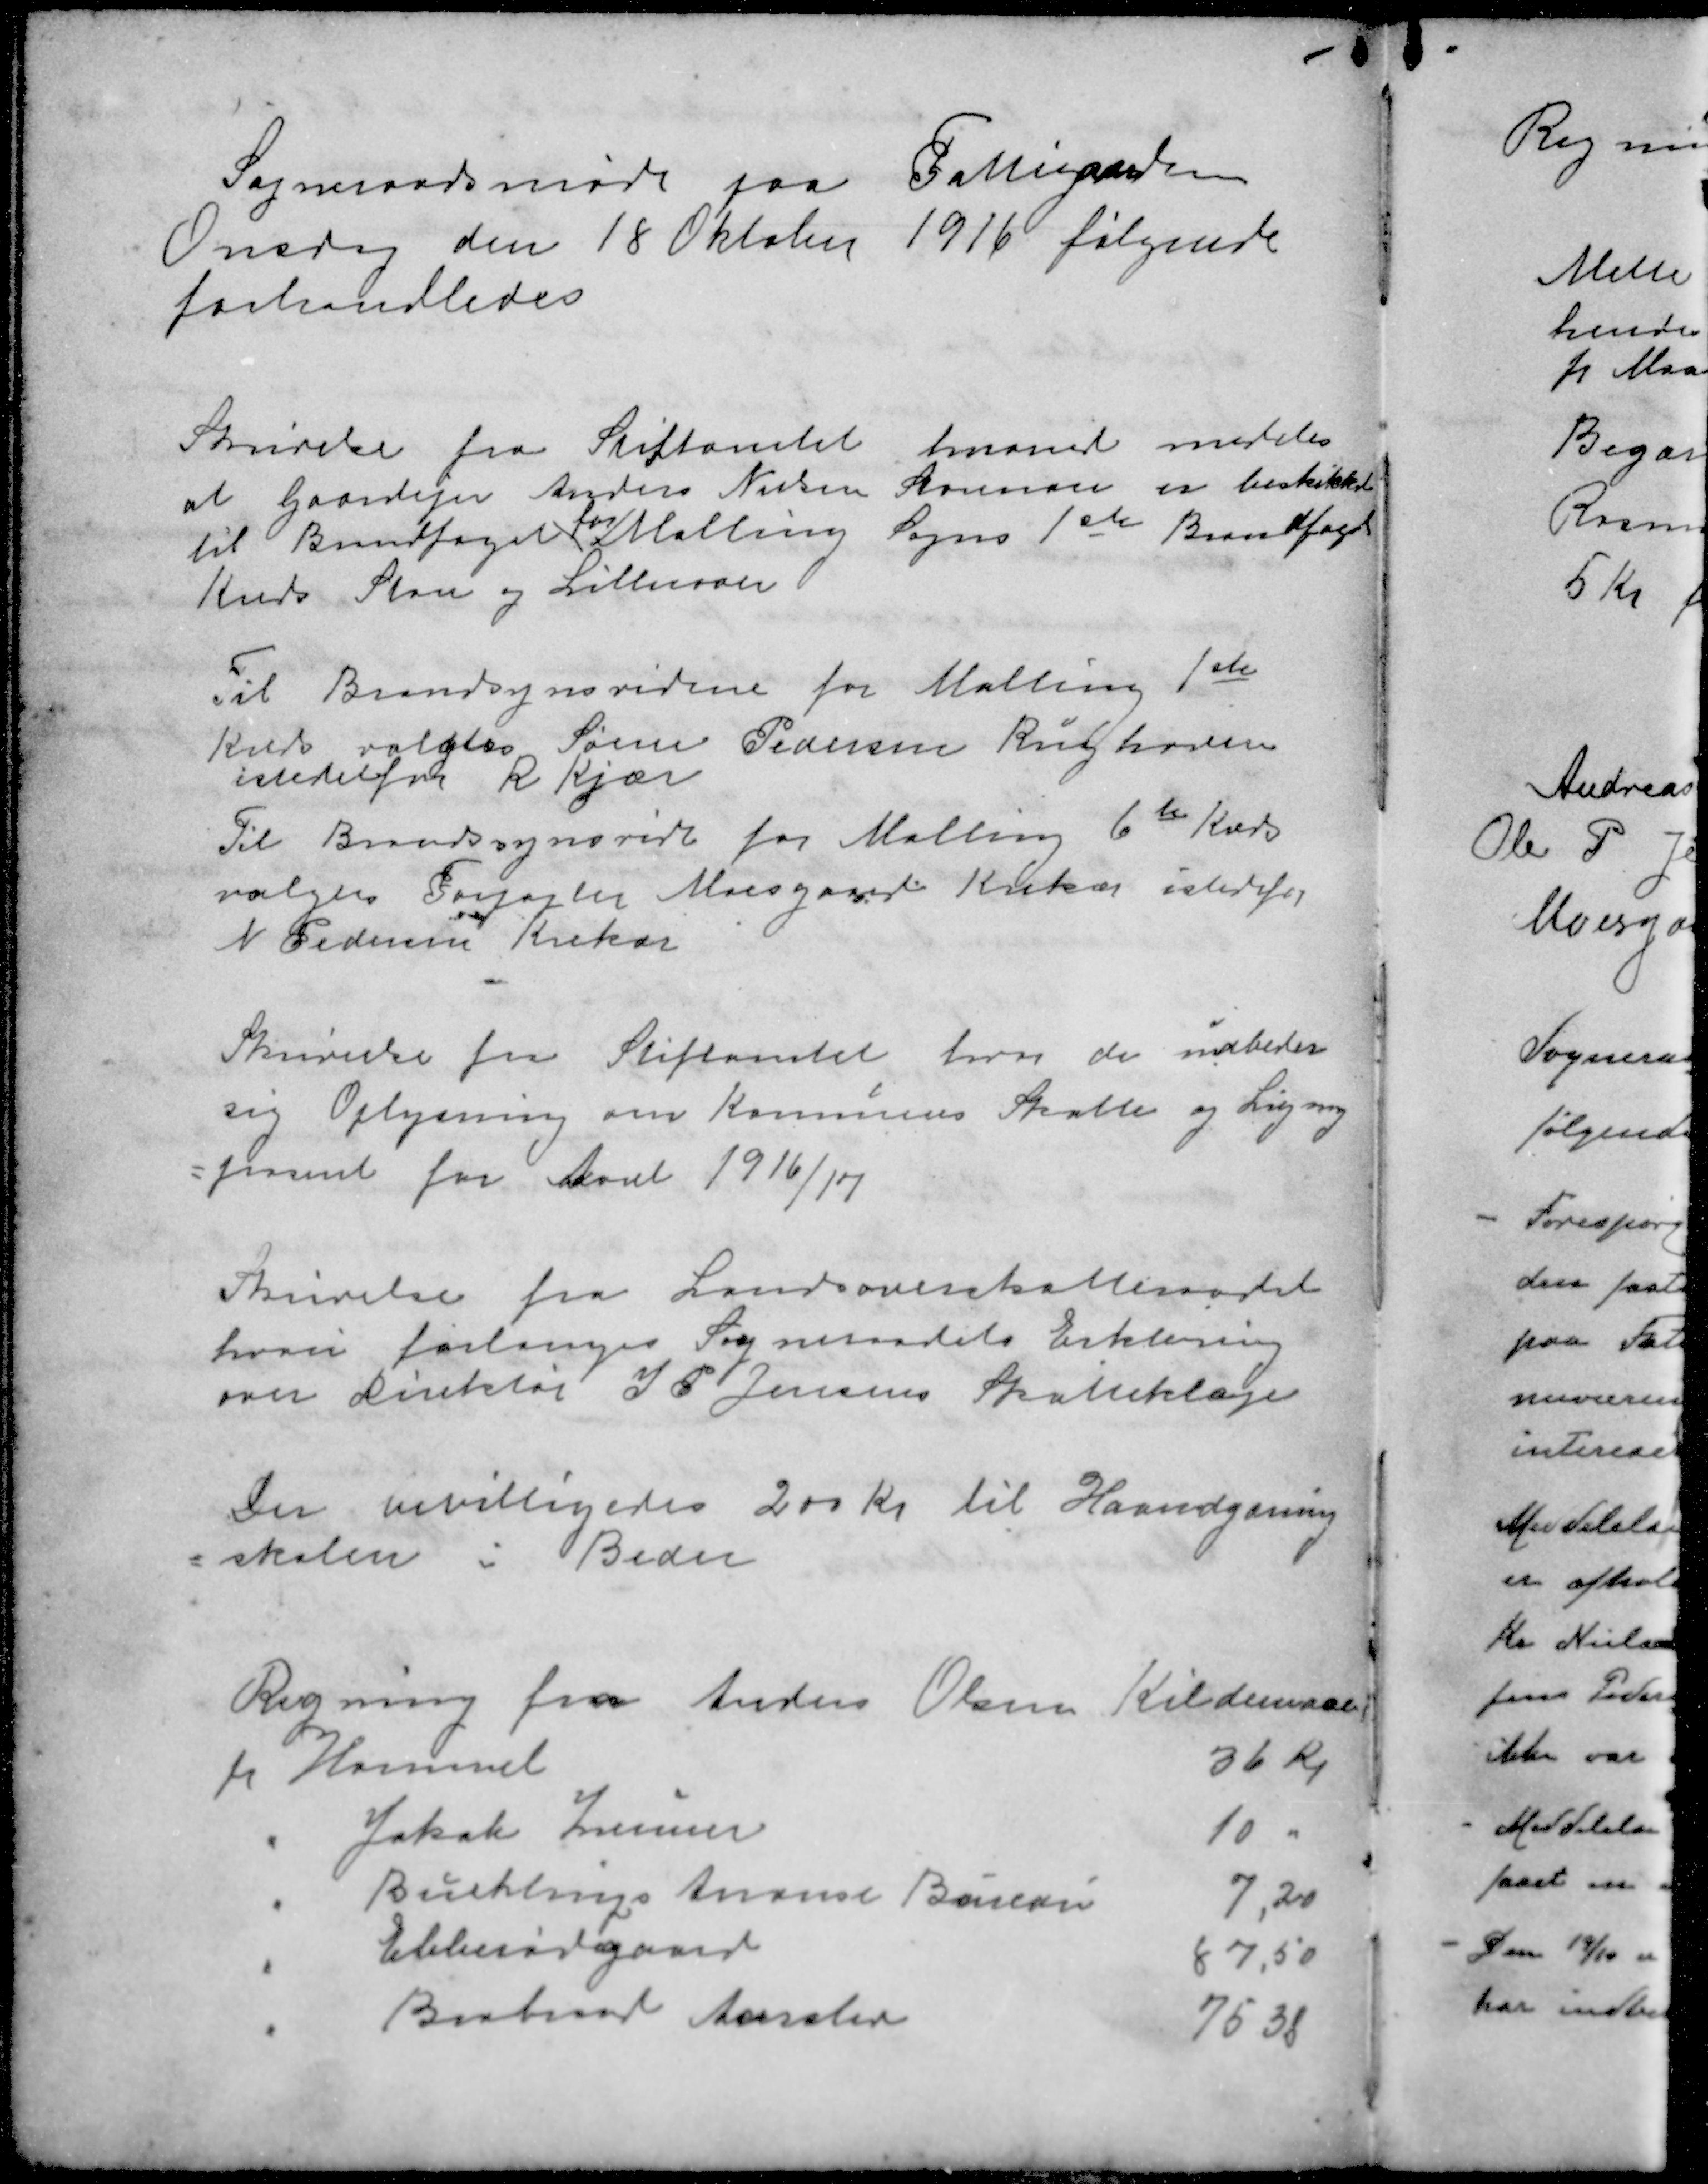
Transskription:
Sogneraadsmøde paa Fattiggaarden
Onsdag den 18 Oktober 1916 følgende
forhandledes
Skrivelse fra Stiftamtet hvormed meddeles
at Gaardejer Anders Nielsen Storenoer er beskikket
for
til Brandfoged Malling Sogns 1ste Brandfoged
Kreds Store og Lillnoer
Til Brandsynsvidne for Malling 1ste
Kreds valgtes Søren Pedersen Rughaven
istedetfor R Kjær
Til Brandssynsvidne for Malling 6te Kreds
valgtes Forpagter Moesgaard Krekær isterfor
N Pedersen Krekær
Skrivelse fra Stiftamtet hvor de udbeder
sig Oplysning om Kommunes Skatte og Ligning
= procent for Aaret 1916/17
Skrivelse fra Landsoverskatteraadet
hvori forlanges Sogneraadets Erklæring
over Direktør J P Jensens Skatteklage
Der bevilligedes 200 Kr til Haandgang
=skolen i Beder
Regning fra Anders Olsen Kildemann
fr Hammel
36 kr
" Jakob Zeuner
10 "
" Buchtrups Anonce Bureau
7,20
" Ebberødgaard
87,50
" Brabrand Aarslev
75 38